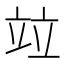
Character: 竝